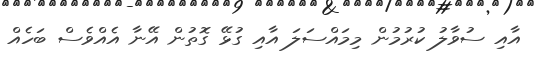
އާއި ސުވާލު ކުރުމުން މިމައްސަލަ އާއި ގުޅޭ ގޮތުން އޭނާ އެއްވެސް ބަހެއް